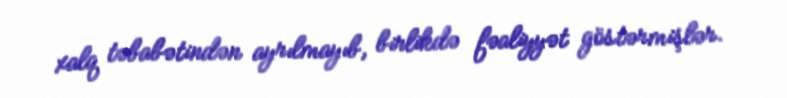
xalq təbabətindən ayrılmayıb, birlikdə fəaliyyət göstərmişlər.